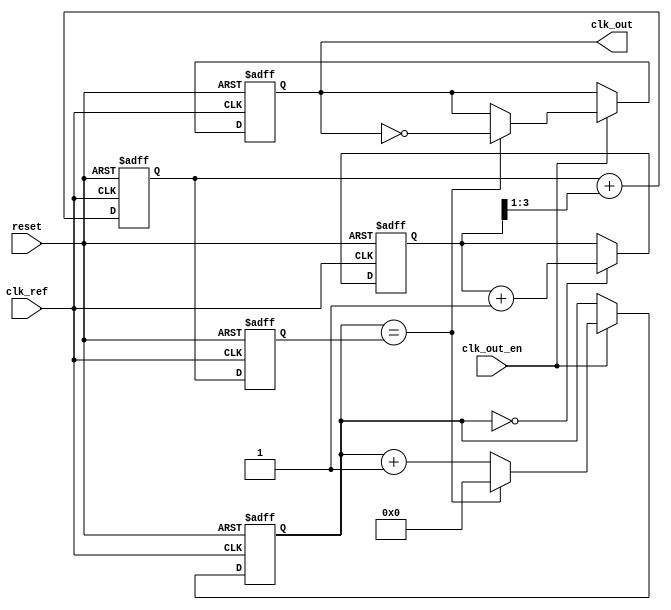
module adpll (
    input wire clk_ref,               // Reference Clock
    input wire reset,                 // Active High Reset
    input wire clk_out_en,            // Output Enable Signal
    output reg clk_out                // Output Clock
);

// Parameters
parameter integer N = 4;             // Frequency Division Factor
parameter integer PHASE_WIDTH = 4;   // Width for phase error signal
parameter integer CTRL_WIDTH = 8;     // Control signal width for DCO

// Internal Signals
reg [PHASE_WIDTH-1:0] phase_error;
reg [CTRL_WIDTH-1:0] control_signal;
reg [CTRL_WIDTH-1:0] dco_frequency;
reg [N-1:0] counter;                // Counter for output clock generation

// Phase Detector (PD)
always @(posedge clk_ref or posedge reset) begin
    if (reset) begin
        phase_error <= 0;
    end else begin
        // Simplified Phase Detector Logic
        // Here, you would compare clk_ref with clk_out (not shown)
        phase_error <= (counter[N-1:0] == 0) ? phase_error + 1 : phase_error;  // Example logic
    end
end

// Loop Filter (LF)
always @(posedge clk_ref or posedge reset) begin
    if (reset) begin
        control_signal <= 0;
    end else begin
        // Simple Low-pass Filter (Smoothing Phase Error)
        control_signal <= control_signal + (phase_error >> 1); // Simple averaging
    end
end

// Digitally Controlled Oscillator (DCO)
always @(posedge clk_ref or posedge reset) begin
    if (reset) begin
        dco_frequency <= 0;
    end else begin
        // Adjust DCO Frequency based on the control signal
        dco_frequency <= control_signal;  // Direct mapping for simplicity
    end
end

// Output Clock Generation
always @(posedge clk_ref or posedge reset) begin
    if (reset) begin
        clk_out <= 0;
        counter <= 0;
    end else if (clk_out_en) begin
        counter <= counter + 1;
        if (counter == dco_frequency) begin
            clk_out <= ~clk_out; // Toggle output clock
            counter <= 0;        // Reset counter
        end
    end
end

endmodule